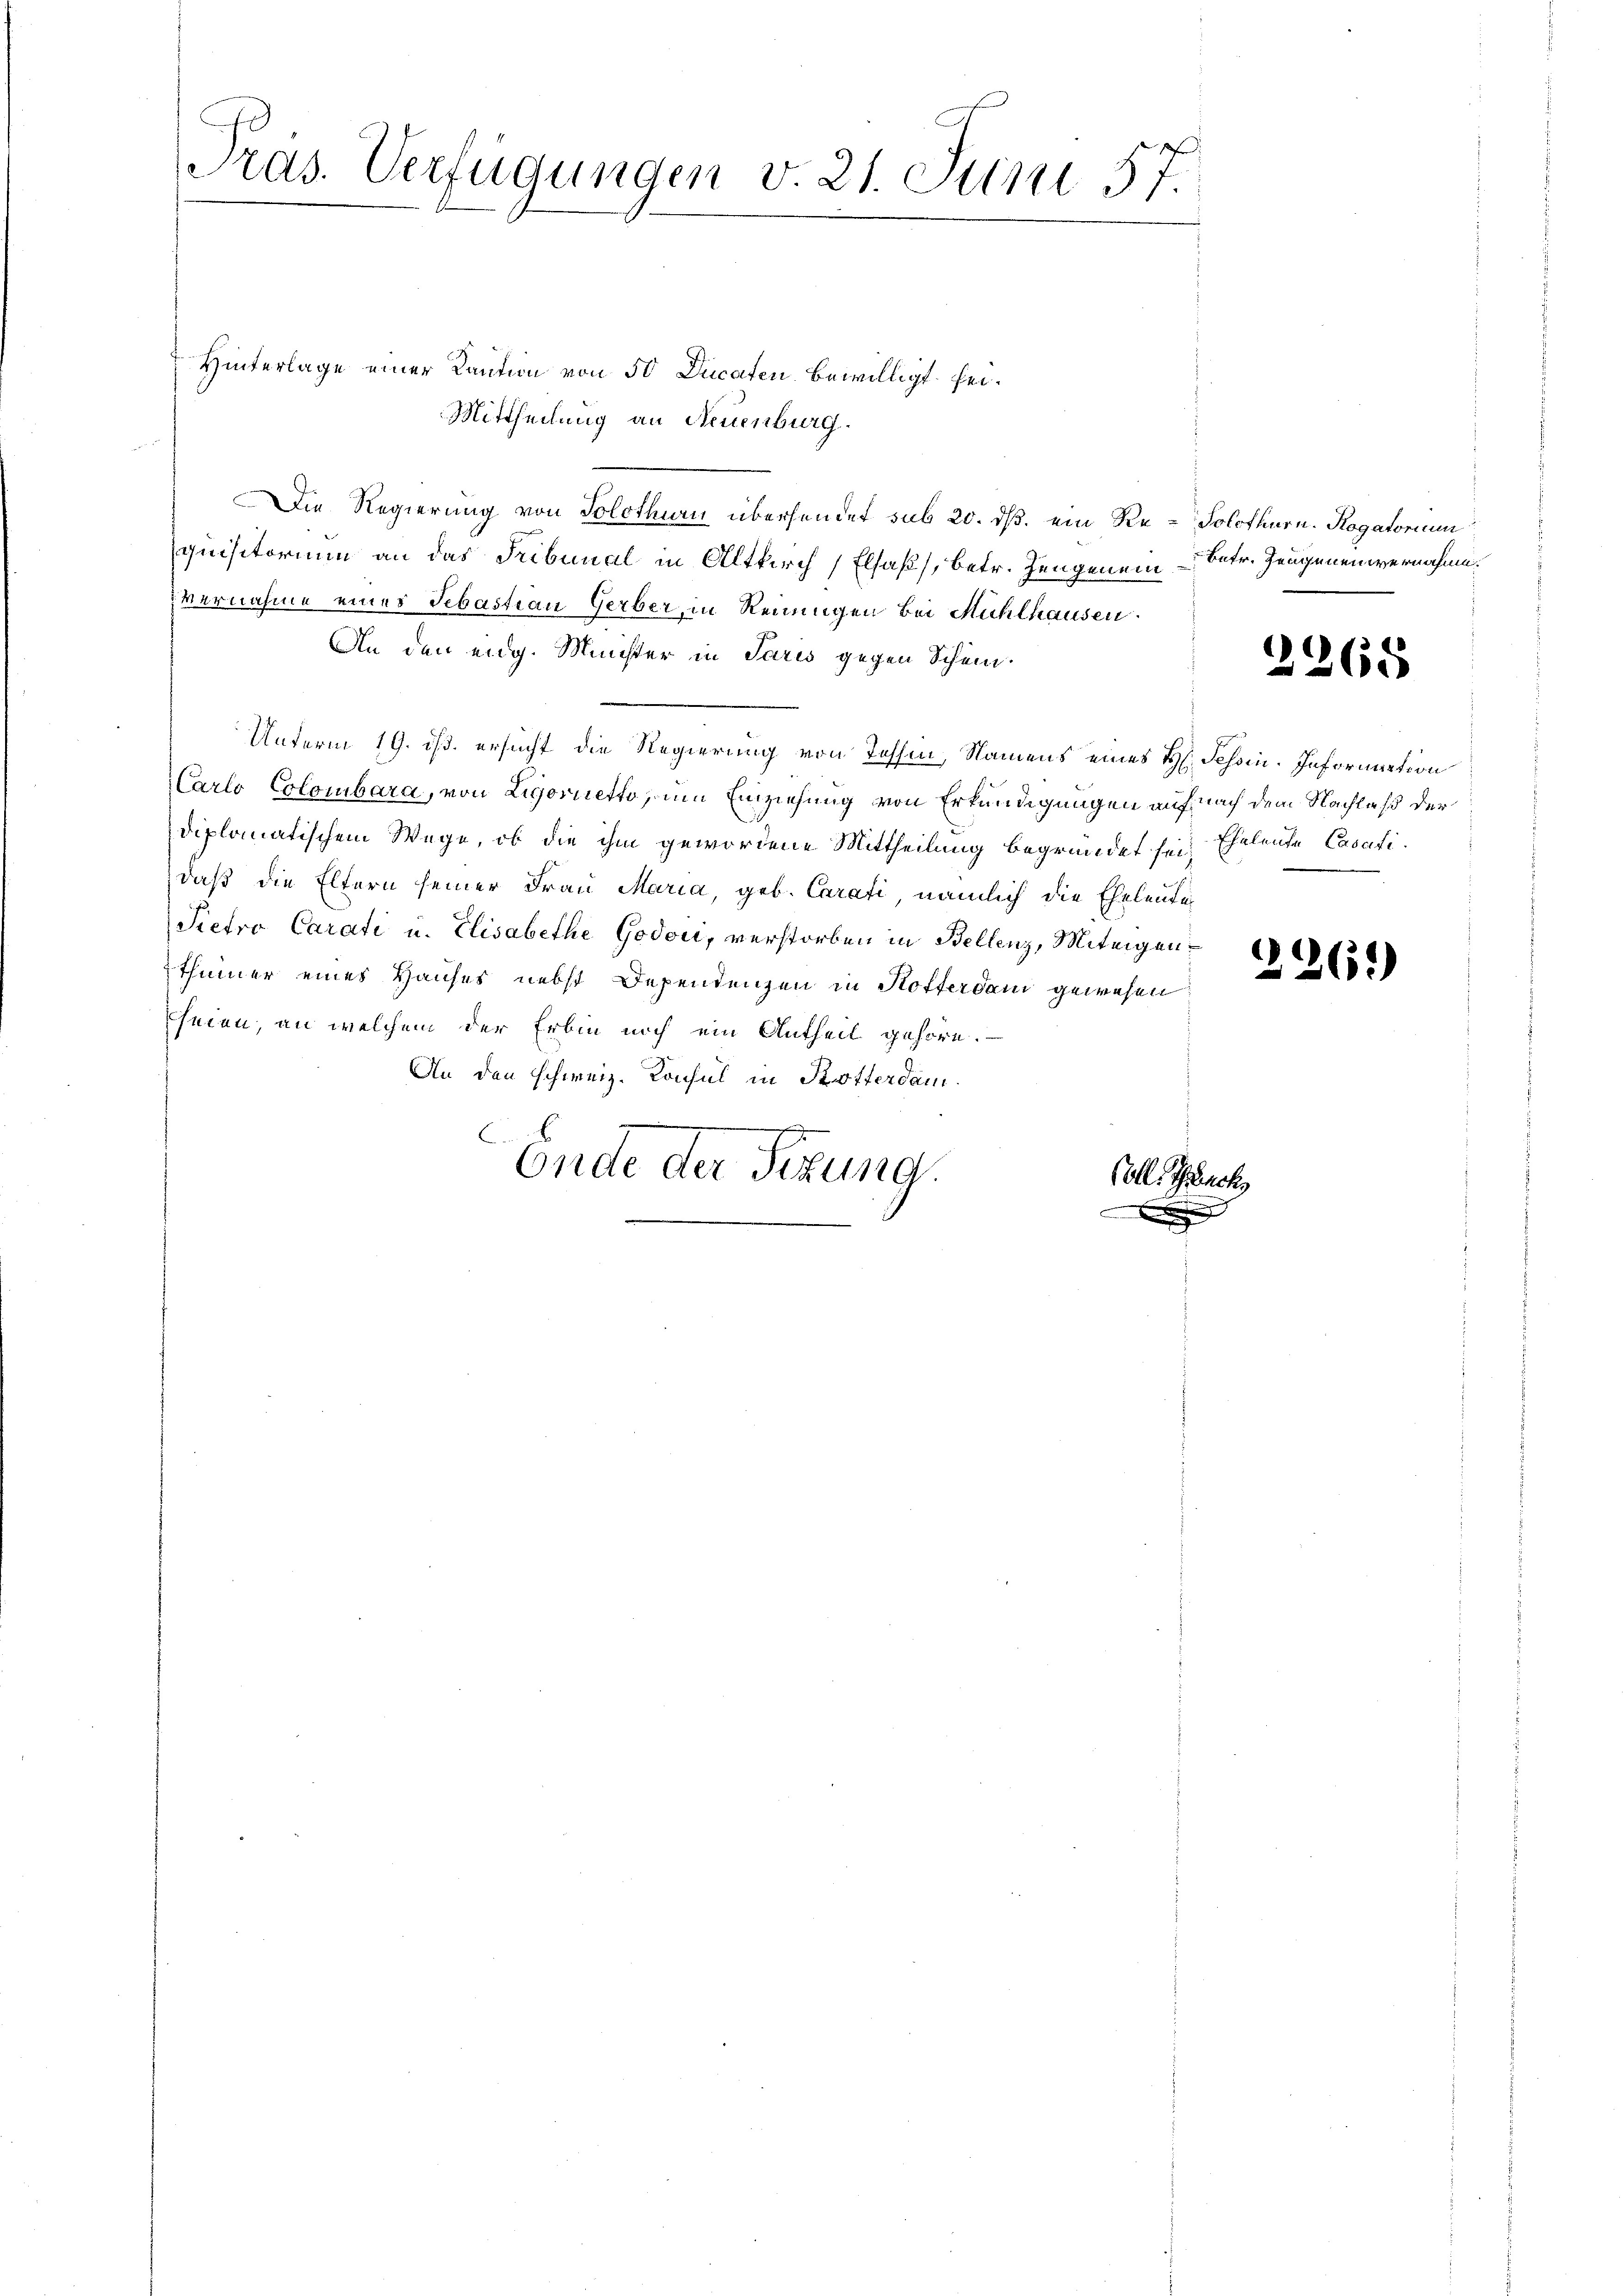
Pras. Verfügungen v. 21. Juni 57.

Hinterlage einer Kaution von 50 Ducaten bewilligt sei¬
Mittheilung an Neuenburg.
Die Regierung von Solothurn übersendet sub 20. ds. ein Re-Solothurn. Rogatorium
quisitorium an das Tribunal in Altkirch (Elsaß, betr. Zeugenein Betr. Zeugenen vernahme.
vernahme eines Sebastian Gerber, in Reiningen bei Mühlhausen.
An den eidg. Minister in Paris gegen Schein.
Unterm 19. ds. ersucht die Regierung von Tessin, Namens eines H. Schein. Information
Carlo Colombara, von Ligorietto zum Einziehung von Erkundigungen auf nach dem Nachlaß der
diplomatischem Wege, ob die ihm gewordene Mittheilung begründet sei, Eheleute Casatidaß die Eltern seiner Frau Maria, geb. Carati, nämlich die Eheleute
Pietro Carati u. Elisabethe Godori, verstorben in Bellenz, Miteigen¬
2261)
thümer eines Hauses nebst Dependenzen in Hofferdam gewesen
seien, an welchem der Erbin noch ein Antheil gehöre.
An den schweiz. Konsul in Krotterdam

Ende der Sitzung.
Colle Teuch
x

2268